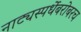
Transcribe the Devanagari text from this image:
नाट्यस्पर्धेबरोबरच